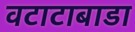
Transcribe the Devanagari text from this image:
वटाटाबाडा